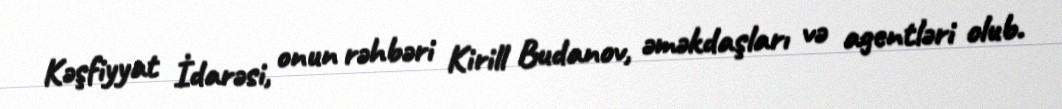
Kəşfiyyat İdarəsi, onun rəhbəri Kirill Budanov, əməkdaşları və agentləri olub.